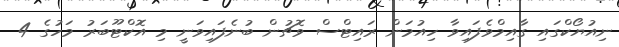
ނިއުޔޯކްގައި ގާއިމްވެފައިވާ ހިއުމަން ރައިޓްސް ވޮޗުން ބުނެފައިވަނީ މި އޮކްޓޫބަރު މަހުގެ 4